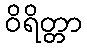
ဝိရိတ္တာ